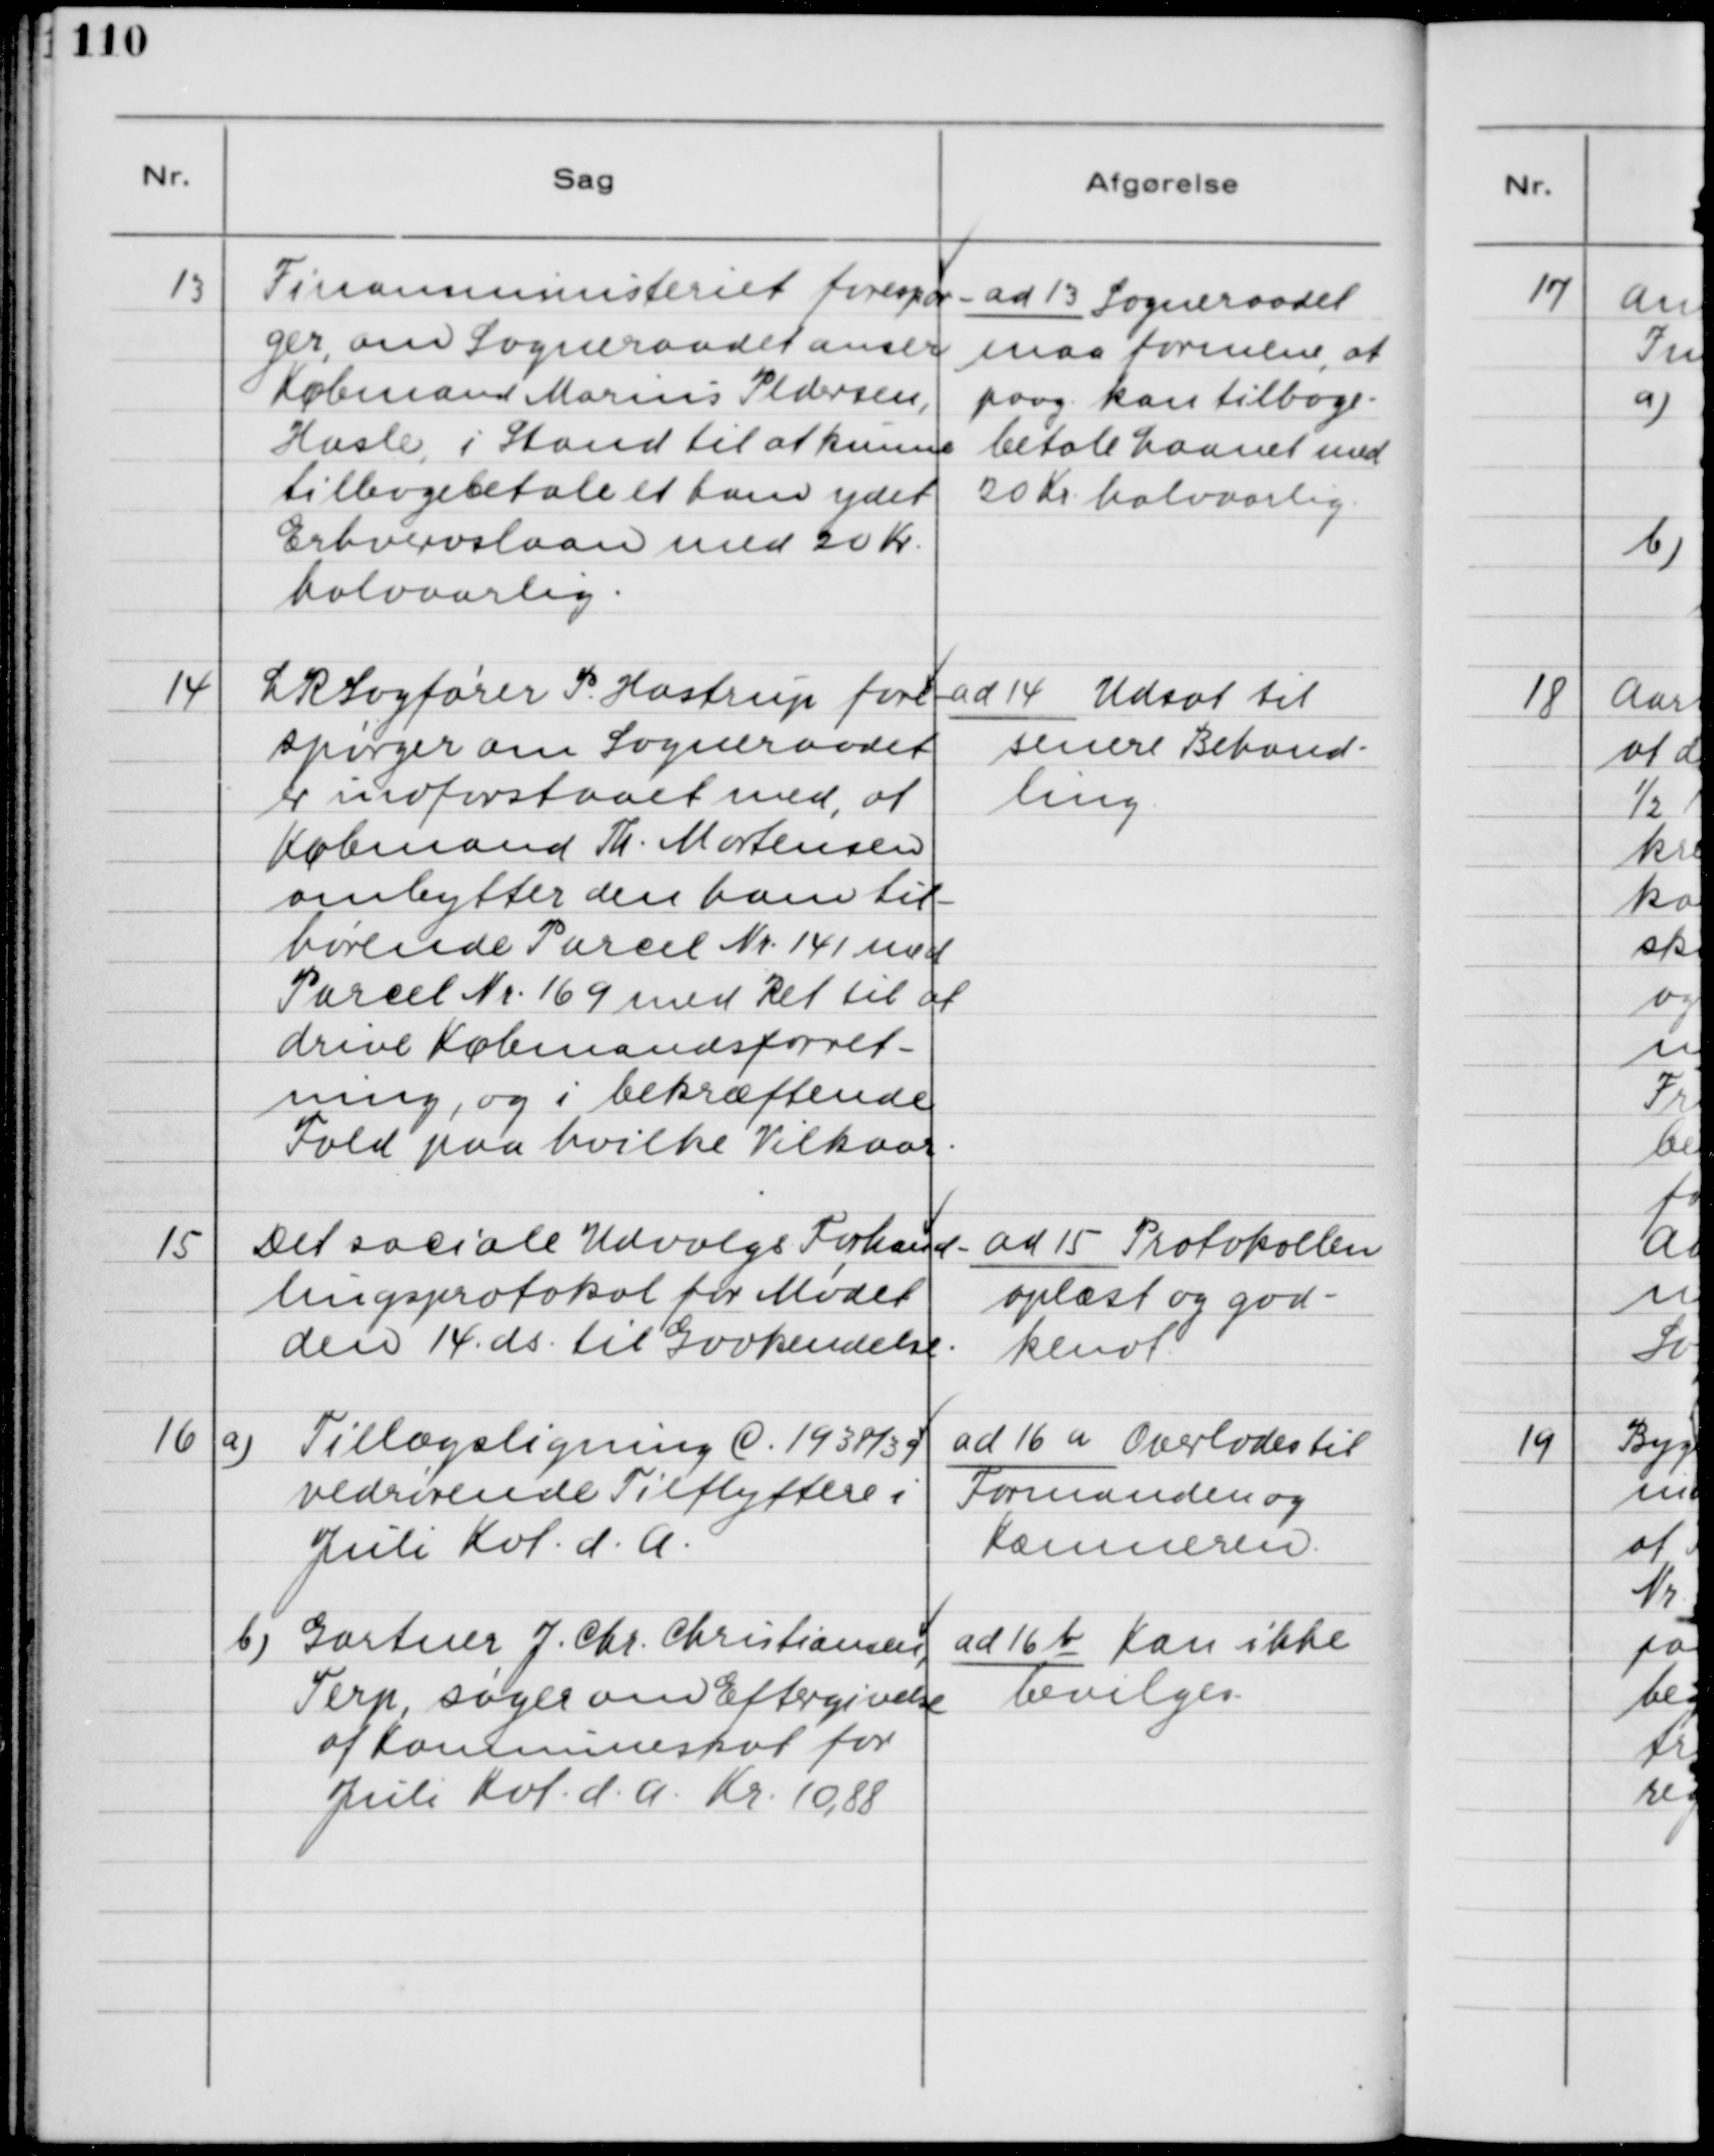
Transskription:
13 Finansministeriet forespør-
ger, om Sogneraadet anser
Købmand Marius Pedersen,
Hasle, i Stand til at kunne
tilbagebetale et ham ydet
Erhvervslaan med 20 Kr.
halvaarlig.

ad 13. Sogneraadet
maa formene, at
paag. kan tilbage-
betale Laanet med
20 Kr. halvaarlig.

14 LRSagfører P. Hastrup fore-
spørger om Sogneraadet
er indforstaaet med, at
Købmand Th. Mortensen
ombytter den ham til-
hørende Parcel Nr. 141 med
Parcel Nr. 169 med Ret til at
drive Købmandsforret-
ning, og i bekræftende
Fald paa hvilke Vilkaar.

ad 14. Udsat til
senere Behand-
ling.

15 Det sociale Udvalgs Forhand-
lingsprotokol for Mødet
den 14. ds. til Godkendelse.

ad 15. Protokollen
oplæst og god-
kendt

16 a) Tillægsligning © 1938/39
vedrørende Tilflyttere i
Juli Kvt. d.A.

ad 16 a. Overlades til
Formanden og
Kæmneren.

b) Gartner J. Chr. Christiansen,
Terp, søger om Eftergivelse
af Kommuneskat for
Juli Kvt. d.A. Kr. 10,88

ad 16 b Kan ikke
bevilges.